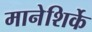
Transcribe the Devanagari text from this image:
मानेशिर्के